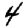
Digit: 4